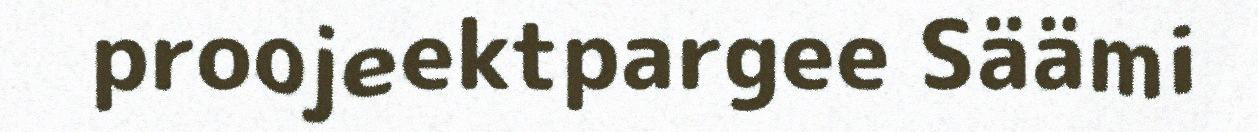
proojeektpargee Säämi